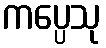
ကပ္ပေသု